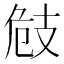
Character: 㩻